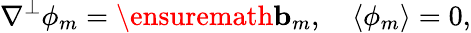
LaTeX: \nabla^{\perp}\phi_{m}=\ensuremath{\mathbf{b}}_{m},\quad\langle\phi_{m}\rangle=0,